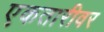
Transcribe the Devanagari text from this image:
एकतारीवर